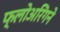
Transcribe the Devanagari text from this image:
फ्लोअरिंगने